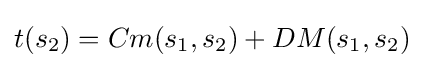
t(s_{2})=Cm(s_{1},s_{2})+DM(s_{1},s_{2})